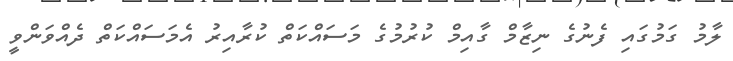
ލާމު ގަމުގައި ފެނުގެ ނިޒާމް ގާއިމް ކުރުމުގެ މަސައްކަތް ކުރާއިރު އެމަސައްކަތް ދެއްވަންވީ